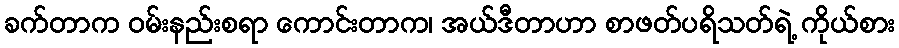
ခက်တာက ဝမ်းနည်းစရာ ကောင်းတာက၊ အယ်ဒီတာဟာ စာဖတ်ပရိသတ်ရဲ့ ကိုယ်စား